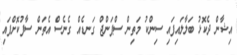
އިޝާން ދެކޮޅު ބަލާލައިފައި ސިންކު މަތިން ސްޕަންޖް ގަނޑެއް ގެނެސް އެތަން ސާފުކޮށްފައި